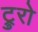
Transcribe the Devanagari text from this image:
ट्रुरो